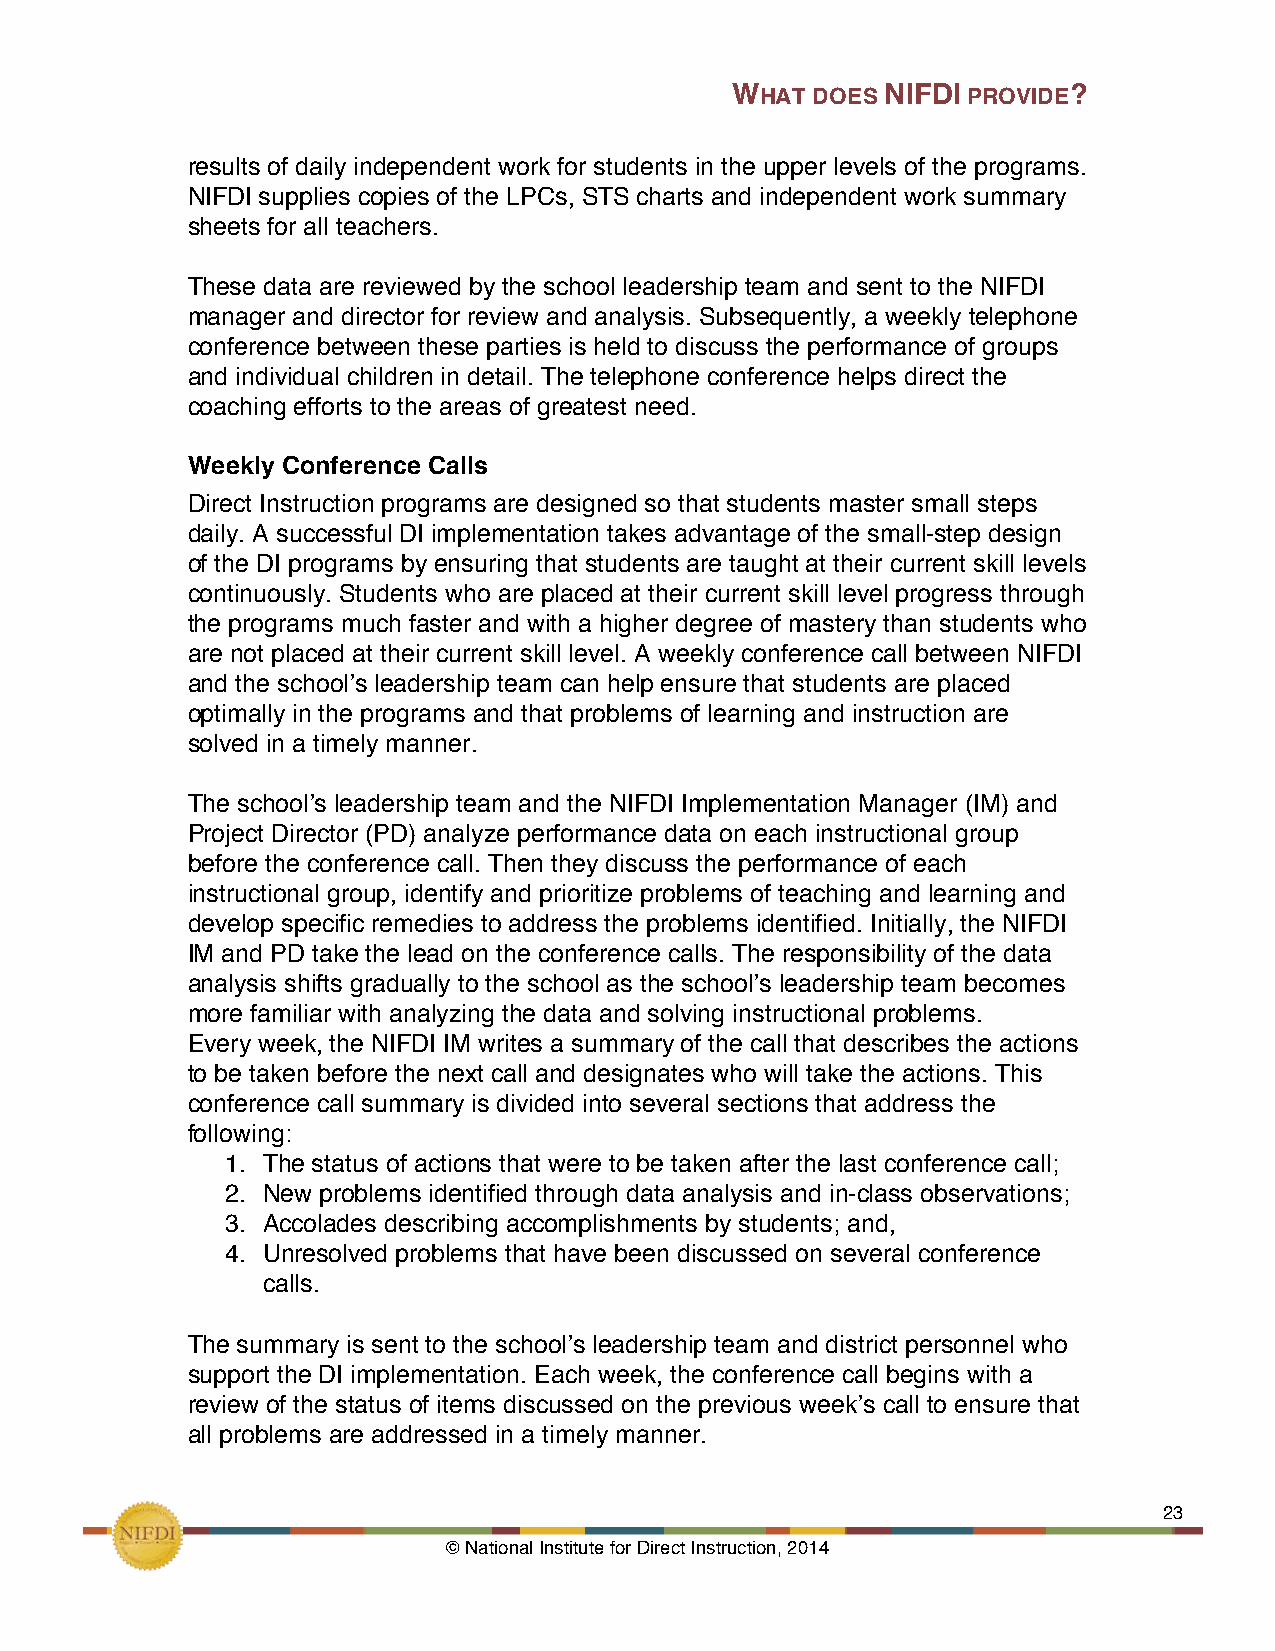
WHAT  DOES NIFDI PROVIDE?
 results of daily independent work for students in the upper levels of the programs.
 NIFDI supplies copies of the LPCs, STS charts and independent work summary
 sheets for all teachers.
 These data are reviewed by the school leadership team and sent to the NIFDI
 manager and director for review and analysis. Subsequently, a weekly telephone
 conference between these parties is held to discuss the performance of groups
 and individual children in detail. The telephone conference helps direct the
 coaching efforts to the areas of greatest need.
 Weekly Conference Calls
 Direct Instruction programs are designed so that students master small steps
 daily. A successful DI implementation takes advantage of the small-step design
 of the DI programs by ensuring that students are taught at their current skill levels
 continuously. Students who are placed at their current skill level progress through
 the programs much faster and with a higher degree of mastery than students who
 are not placed at their current skill level. A weekly conference call between NIFDI
 and the school’s leadership team can help ensure that students are placed
 optimally in the programs and that problems of learning and instruction are
 solved in a timely manner.
 The school’s leadership team and the NIFDI Implementation Manager (IM) and
 Project Director (PD) analyze performance data on each instructional group
 before the conference call. Then they discuss the performance of each
 instructional group, identify and prioritize problems of teaching and learning and
 develop specific remedies to address the problems identified. Initially, the NIFDI
 IM and PD take the lead on the conference calls. The responsibility of the data
 analysis shifts gradually to the school as the school’s leadership team becomes
 more familiar with analyzing the data and solving instructional problems.
 Every week, the NIFDI IM writes a summary of the call that describes the actions
 to be taken before the next call and designates who will take the actions. This
 conference call summary is divided into several sections that address the
 following:
 1. The status of actions that were to be taken after the last conference call;
 2. New problems identified through data analysis and in-class observations;
 3. Accolades describing accomplishments by students; and,
 4. Unresolved problems that have been discussed on several conference
 calls.
 The summary is sent to the school’s leadership team and district personnel who
 support the DI implementation. Each week, the conference call begins with a
 review of the status of items discussed on the previous week’s call to ensure that
 all problems are addressed in a timely manner.
 !                                                             23
 © National Institute for Direct Instruction, 2014!